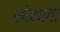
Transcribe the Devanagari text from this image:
शोभावा